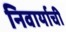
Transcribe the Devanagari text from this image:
निवार्याची